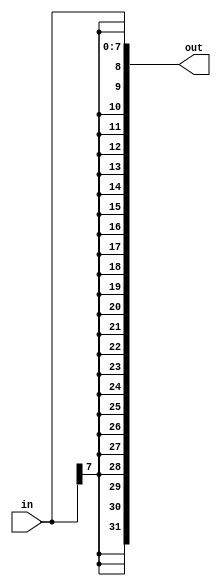
`timescale 1ns / 1ps
//////////////////////////////////////////////////////////////////////////////////
// Company: 
// Engineer: 
// 
// Design Name: 
// Module Name: SignExtendByte
// Project Name: 
// Target Devices: 
// Tool Versions: 
// Description: 
// 
// Dependencies: 
// 
// Revision:
// Revision 0.01 - File Created
// Additional Comments:
// 
//////////////////////////////////////////////////////////////////////////////////


module SignExtendByte(in, out);

    input [7:0] in;
    output [31:0] out;
    
    assign out = {{24{in[7]}},in};
    
endmodule